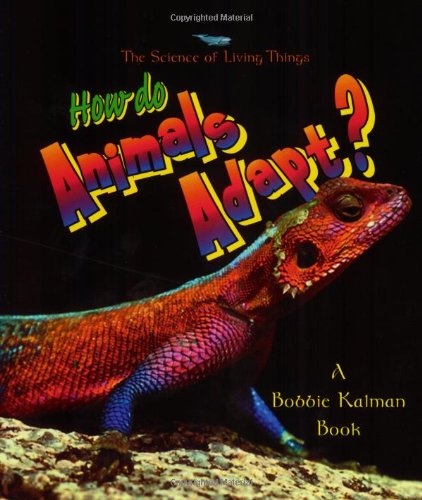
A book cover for How do Animals Adapt? (The Science of Living Things); Bobbie Kalman; Children's Books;